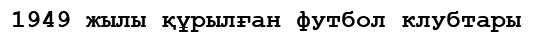
1949 жылы құрылған футбол клубтары